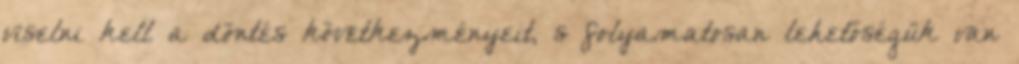
viselni kell a döntés következményeit, s folyamatosan lehetőségük van